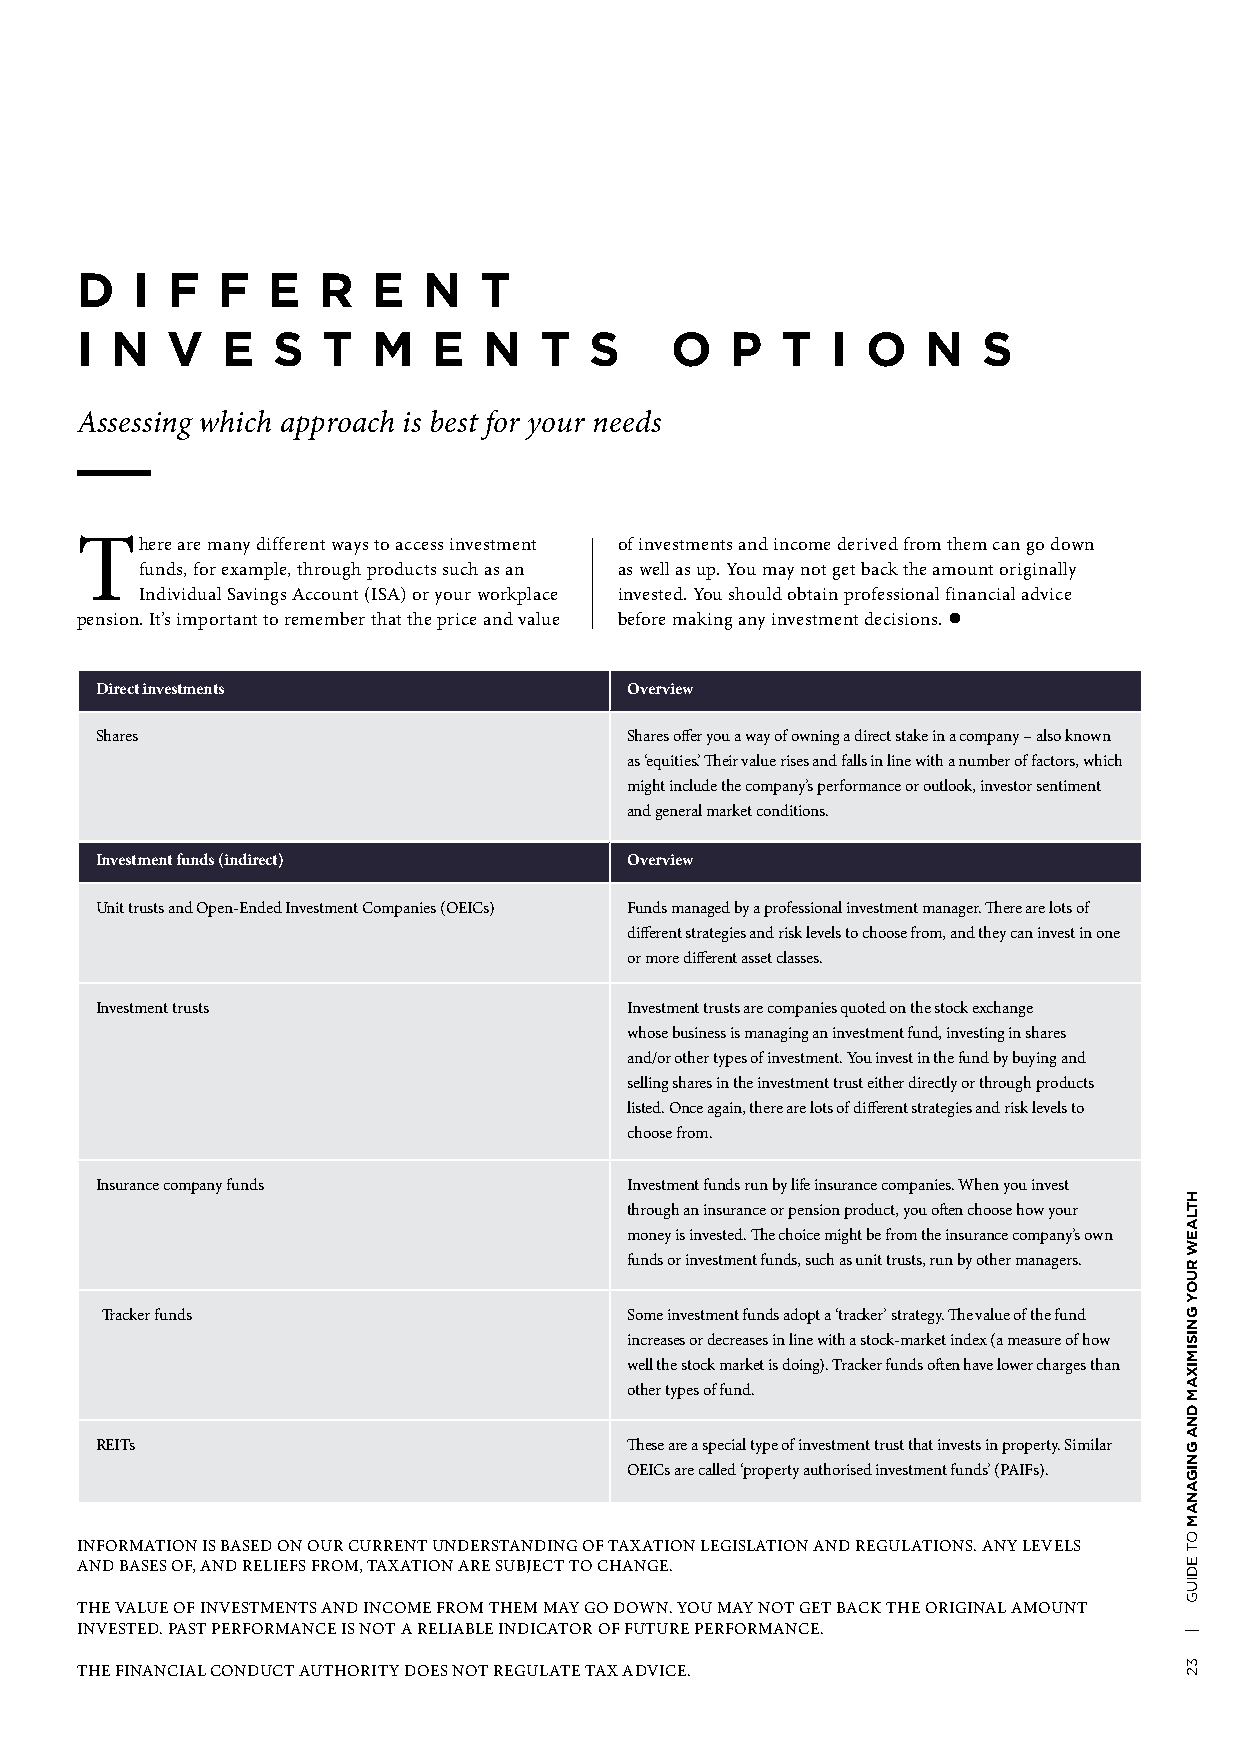
D   I F  F   E  R   E  N   T
 I N   V   E  S  T   M   E  N   T  S    O   P   T  I O   N   S
 Assessing which approach is best for your needs
 There  are many different ways to access investment of investments and income derived from them can go down
 funds, for example, through products such as an as well as up. You may not get back the amount originally
 Individual Savings Account (ISA) or your workplace invested. You should obtain professional financial advice
 pension. It’s important to remember that the price and value before making any investment decisions. l
 Direct investments                  Overview
 Shares                              Shares offer you a way of owning a direct stake in a company – also known
 as ‘equities’. Their value rises and falls in line with a number of factors, which
 might include the company’s performance or outlook, investor sentiment
 and general market conditions.
 Investment funds (indirect)         Overview
 Unit trusts and Open-Ended Investment Companies (OEICs) Funds managed by a professional investment manager. There are lots of
 different strategies and risk levels to choose from, and they can invest in one
 or more different asset classes.
 Investment trusts                   Investment trusts are companies quoted on the stock exchange
 whose business is managing an investment fund, investing in shares
 and/or other types of investment. You invest in the fund by buying and
 selling shares in the investment trust either directly or through products
 listed. Once again, there are lots of different strategies and risk levels to
 choose from.
 Insurance company funds             Investment funds run by life insurance companies. When you invest
 through an insurance or pension product, you often choose how your
 money is invested. The choice might be from the insurance company’s own
 funds or investment funds, such as unit trusts, run by other managers.
 Tracker funds                      Some investment funds adopt a ‘tracker’ strategy. The value of the fund
 increases or decreases in line with a stock-market index (a measure of how
 well the stock market is doing). Tracker funds often have lower charges than
 other types of fund.
 REITs                               These are a special type of investment trust that invests in property. Similar
 OEICs are called ‘property authorised investment funds’ (PAIFs).
 INFORMATION IS BASED ON OUR CURRENT UNDERSTANDING OF TAXATION LEGISLATION AND REGULATIONS. ANY LEVELS
 AND BASES OF, AND RELIEFS FROM, TAXATION ARE SUBJECT TO CHANGE.
 THE VALUE OF INVESTMENTS AND INCOME FROM THEM MAY GO DOWN. YOU MAY NOT GET BACK THE ORIGINAL AMOUNT
 INVESTED. PAST PERFORMANCE IS NOT A RELIABLE INDICATOR OF FUTURE PERFORMANCE.
 THE FINANCIAL CONDUCT AUTHORITY DOES NOT REGULATE TAX ADVICE.
 HTLAEW
 RUOY
 GNISIMIXAM
 DNA
 GNIGANAM
 OT
 EDIUG
 |
 32